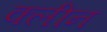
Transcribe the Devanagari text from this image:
क्‍लीन